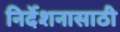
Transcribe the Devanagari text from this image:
निर्देशनासाठी